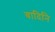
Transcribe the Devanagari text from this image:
वादिनि